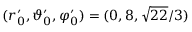
( r _ { 0 } ^ { \prime } , \vartheta _ { 0 } ^ { \prime } , \varphi _ { 0 } ^ { \prime } ) = ( 0 , 8 , \sqrt { 2 2 } / 3 )